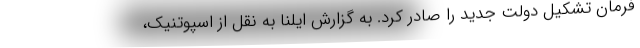
فرمان تشکیل دولت جدید را صادر کرد. به گزارش ایلنا به نقل از اسپوتنیک،